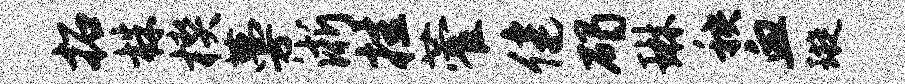
拓株楔蔓淅挂藿健碣琳秧血璇